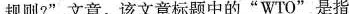
规则?”文章。该文章标题中的”WTO”是指